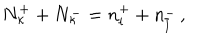
N _ { \kappa } ^ { + } + N _ { \kappa } ^ { - } = n _ { l } ^ { + } + n _ { \overline { { l } } } ^ { - } \, ,